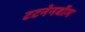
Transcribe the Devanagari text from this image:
टटनेनबॉम